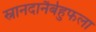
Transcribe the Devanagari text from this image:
स्नानदानैर्बहुफला